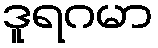
ဒူရဂမာ